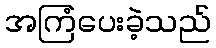
အကြံပေးခဲ့သည်